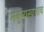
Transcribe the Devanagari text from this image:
मनुष्यस्वभाव